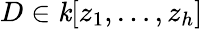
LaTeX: D\in\mathit{k}[z_{1},\ldots,z_{h}]